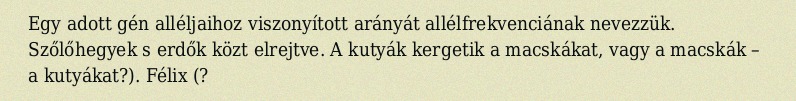
Egy adott gén alléljaihoz viszonyított arányát allélfrekvenciának nevezzük. Szőlőhegyek s erdők közt elrejtve. A kutyák kergetik a macskákat, vagy a macskák – a kutyákat?). Félix (?